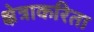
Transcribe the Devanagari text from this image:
क्षेत्राकरिता